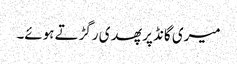
میری گانڈ پر پھدی رگڑتے ہوئے۔